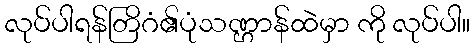
လုပ်ပါရန်တြိဂံ၏ပုံသဏ္ဌာန်ထဲမှာ ကို လုပ်ပါ။